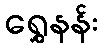
ရွှေနန်း